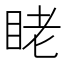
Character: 𬑑